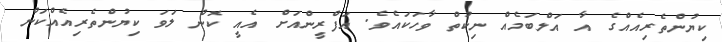
ކިޔުންތެރިއެއްގެ އާ އަލްބަމެއް ނިކުތް ވާހަކައެވެ. އަފްރީންއަށް އެއީ ކޮން ލަވަ ކިޔުންތެރިއެއްކަން